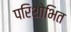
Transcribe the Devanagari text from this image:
परिशोभित